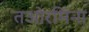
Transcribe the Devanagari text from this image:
तओरमिना